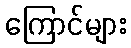
ကြောင်များ